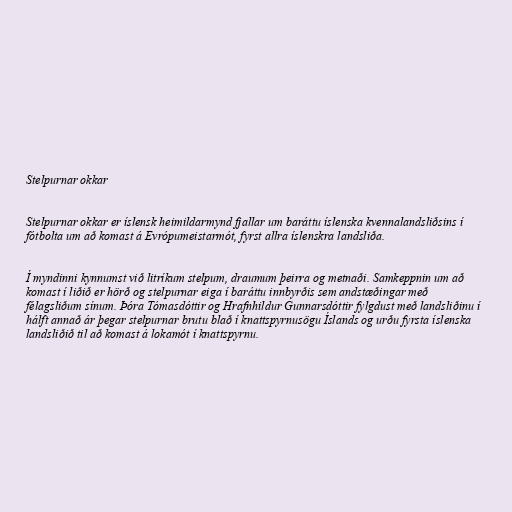
Stelpurnar okkar

Stelpurnar okkar er íslensk heimildarmynd fjallar um baráttu íslenska kvennalandsliðsins í
fótbolta um að komast á Evrópumeistarmót, fyrst allra íslenskra landsliða.

Í myndinni kynnumst við litríkum stelpum, draumum þeirra og metnaði. Samkeppnin um að
komast í liðið er hörð og stelpurnar eiga í baráttu innbyrðis sem andstæðingar með
félagsliðum sínum. Þóra Tómasdóttir og Hrafnhildur Gunnarsdóttir fylgdust með landsliðinu í
hálft annað ár þegar stelpurnar brutu blað í knattspyrnusögu Íslands og urðu fyrsta íslenska
landsliðið til að komast á lokamót í knattspyrnu.